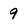
Character: 9